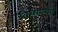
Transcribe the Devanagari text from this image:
विध्यालयो